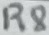
Text: R8